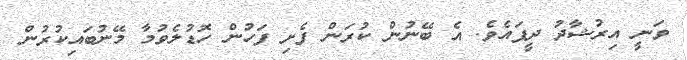
ވަނީ އިރުޝާދު ދީފައެވެ. އެ ބޭނުން ކުރަން ފެށި ފަހުން ހޮޑުލެވުމާ މޭނުބައިކުރުން